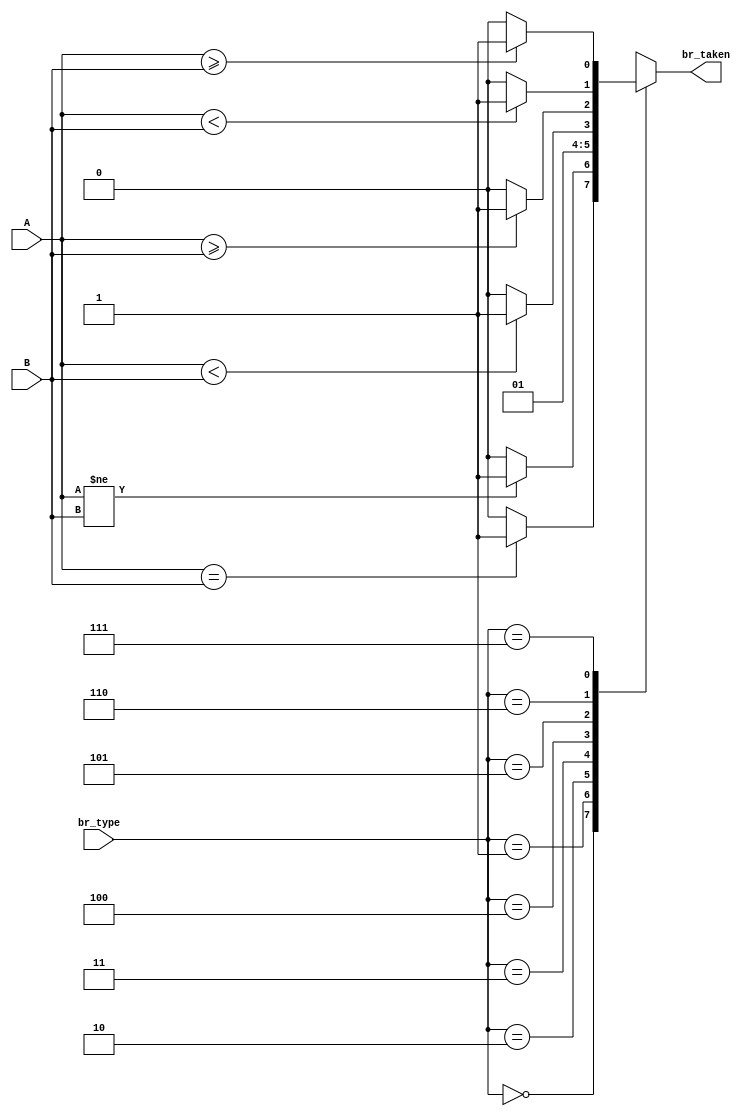
module branch_cond(output reg br_taken, input [0:2] br_type, input [0:31] A, B);
	always @(*) begin	
		case (br_type)
			3'b000: br_taken = (A==B)? 1:0;	//beq
			3'b001: br_taken = (A!=B)? 1:0;	//bne
			3'b010: br_taken = 0;	//no jump
			3'b011: br_taken = 1;	//jalr,jal (unconditional jump)
			3'b100: br_taken = ($signed(A) < $signed(B))?  1:0;	//blt
			3'b101: br_taken = ($signed(A) >= $signed(B))? 1:0;	//bge
			3'b110: br_taken = (A<B)?  1:0;	//bltu
			3'b111: br_taken = (A>=B)? 1:0;	//bgeu
			default: br_taken = 0;
		endcase
	end
endmodule